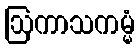
ဩကာသကမ္မံ